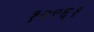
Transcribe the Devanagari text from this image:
१२९६१